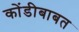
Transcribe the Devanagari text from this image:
कोंडीबाबत